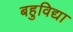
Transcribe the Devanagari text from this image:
बहुविद्या